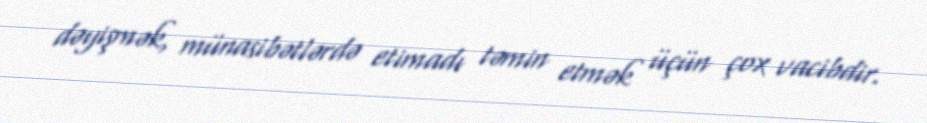
dəyişmək, münasibətlərdə etimadı təmin etmək üçün çox vacibdir.